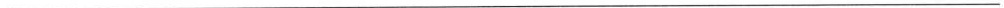
___